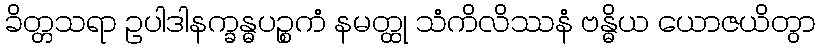
ခိတ္တသရာ ဥပါဒါနက္ခန္ဓပဉ္စကံ နမတ္ထု သံကိလိဿနံ ဗန္ဓိယ ယောဇယိတွာ